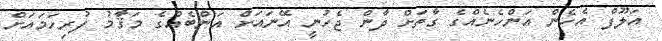
އަލޫފް އެހެން އަންހެނެއްގެ ގާތަށް ދާން ޖެހުނީ އޭނައަށް އަންބެއްގެ މަޤާމު ފުރިހަމައަށް